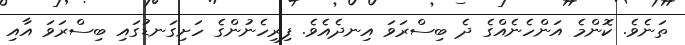
ތަނެވެ. ކޮންމެ އަންހެނެއްގެ ދެ ބިސްރަވަ އިނދެއެވެ. ފިރިހެނުންގެ ހަށިގަނޑުގައި ބިސްރަވަ އާއި